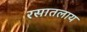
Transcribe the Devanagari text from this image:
रसातलाय